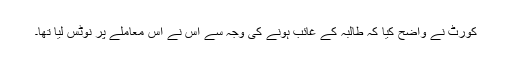
کورٹ نے واضح کیا کہ طالبہ کے غائب ہونے کی وجہ سے اس نے اس معاملے پر نوٹس لیا تھا۔